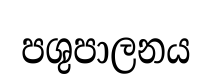
පශුපාලනය